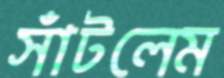
সাঁটলেম